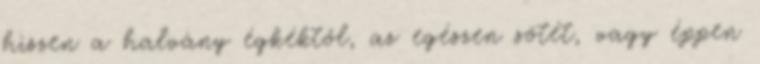
hiszen a halvány égkéktől, az egészen sötét, vagy éppen